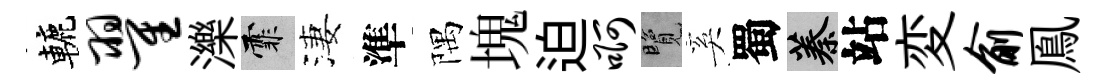
轆翟濼霏淒準隅塊迫啊覽奚蜀蓁站変俞鳯